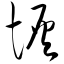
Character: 恢